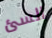
السئ